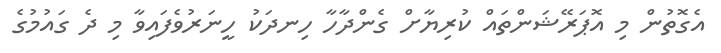
އެގޮތުން މި އޮޕަރޭޝަންތައް ކުރިޔާށް ގެންދާހާ ހިނދަކު ހީނަރުވެފައިވާ މި ދެ ގައުމުގެ